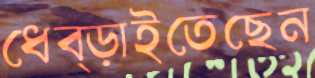
ধেব্‌ড়াইতেছেন